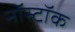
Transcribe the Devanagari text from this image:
नॉस्टॉक